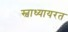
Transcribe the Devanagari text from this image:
स्वाध्यायरत